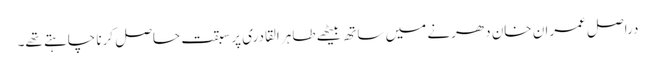
دراصل عمران خان دھرنے میں ساتھ بیٹھے طاہر القادری پر سبقت حاصل کرنا چاہتے تھے۔